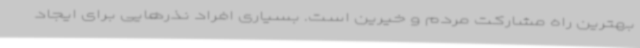
بهترین راه مشارکت مردم و خیرین است. بسیاری افراد نذرهایی برای ایجاد